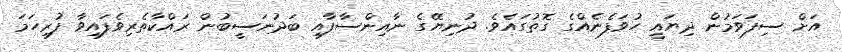
އަށް ސިފަވަމުން ދިޔައީ ހުވަފެނެއްގެ ގޮތުގައެވެ. ދުނިޔޭގެ ނާއިންސާފާއި ބަދުނަސީބުން ރައްކާތެރިވެފައިވާ ފުރިހަމަ